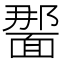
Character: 𫖂